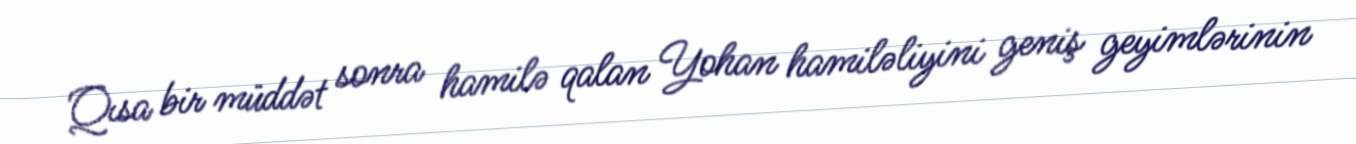
Qısa bir müddət sonra hamilə qalan Yohan hamiləliyini geniş geyimlərinin